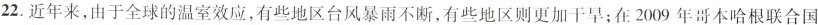
22.近年来，由于全球的温室效应，有些地区台风暴雨不断，有些地区则更加干旱；在2009年哥本哈根联合国